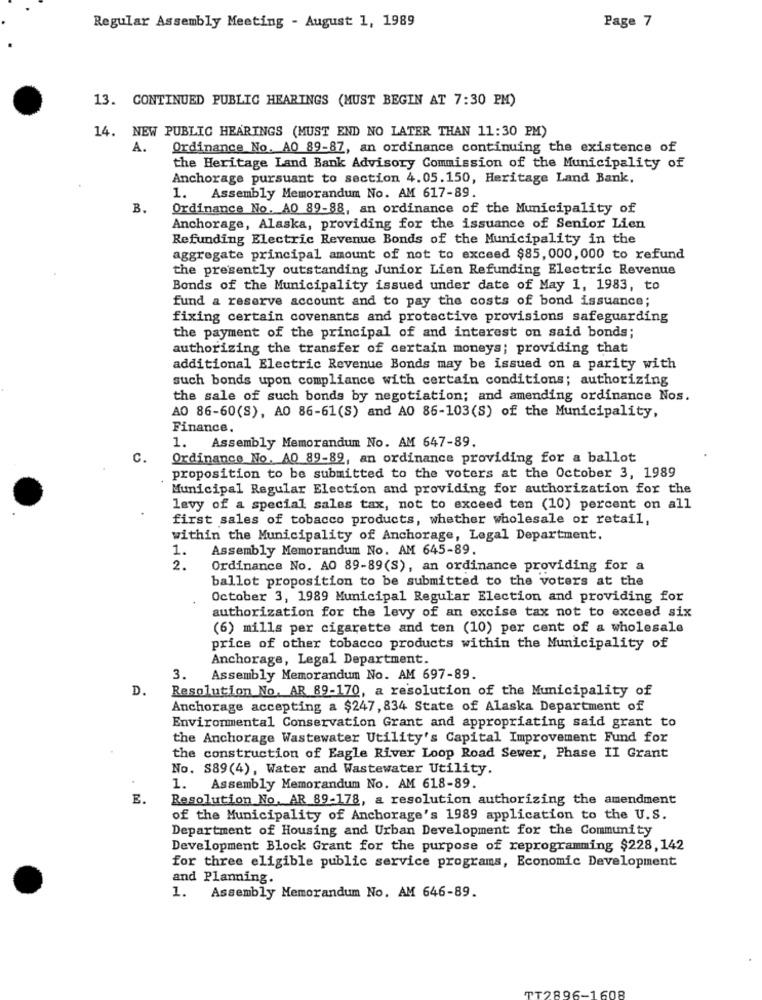
Page 7
Regular Assembly Meeting - August: 1, 1989
13. CONTINUED PUBLIC HEARINGS (MUST BEGIN AT 7:30 PM)
14. NEW PUBLIC HEARINGS (MUST END NO LATER THAN 11:30 PM)
A.
Ordinance No. AO 89-87, an ordinance continuing the existence of
the Heritage Land Bank Advisory Commission of the Municipality of
Anchorage pursuant to section 4.05.150, Heritage Land Bank,
1. Assembly Memorandum No. AM 617-89.
B.
Ordinance No. AO 89-88, an ordinance of the Municipality of
Anchorage, Alaska, providing for the issuance of Senior Lien
Refunding Electric Revenue Bonds of the Municipality in the
aggregate principal amount of not to exceed $85, 000, 000 to refund
the presently outstanding Junior Lien Refunding Electric Revenue
Bonds of the Municipality issued under date of May 1, 1983, to
fund a reserve account and to pay the costs of bond issuance;
fixing certain covenants and protective provisions safeguarding
the payment of the principal of and interest on said bonds;
authorizing the transfer of certain moneys; providing that
additional Electric Revenue Bonds may be issued on a parity with
such bonds upon compliance with certain conditions; authorizing
the sale of such bonds by negotiation; and amending ordinance Nos.
AO 86-60(S), A0 86-61(S) and AO 86-103(S) of the Municipality,
Finance.
1. Assembly Memorandum No. AM 647-89.
C.
Ordinance No. AO 89-89, an ordinance providing for a ballot
proposition to be submitted to the voters at the October 3, 1989
Municipal Regular Election and providing for authorization for the
levy of a special sales tax, not to exceed ten (10) percent on all
first sales of tobacco products, whether wholesale or retail,
within the Municipality of Anchorage, Legal Department.
1.
Assembly Memorandum No. AM 645-89.
2.
Ordinance No. AO 89-89(S), an ordinance providing for a
ballot proposition to be submitted to the voters at the
October 3, 1989 Municipal Regular Election and providing for
authorization for the levy of an excise tax not to exceed six
(6) mills per cigarette and ten (10) per cent of a wholesale
price of other tobacco products within the Municipality of
Anchorage, Legal Department.
3. Assembly Memorandum No. AM 697-89.
D.
Resolution No. AR 89-170, a resolution of the Municipality of
Anchorage accepting a $247, 834 State of Alaska Department of
Environmental Conservation Grant and appropriating said grant to
the Anchorage Wastewater Utility's Capital Improvement Fund for
the construction of Eagle River Loop Road Sewer, Phase II Grant
No. S89(4), Water and Wastewater Utility.
1. Assembly Memorandum No. AM 618-89.
E.
Resolution No. AR 89-178, a resolution authorizing the amendment
of the Municipality of Anchorage's 1989 application to the U.S.
Department of Housing and Urban Development for the Community
Development Block Grant for the purpose of reprogramming $228, 142
for three eligible public service programs, Economic Development
and Planning.
1. Assembly Memorandum No. AM 646-89.
TTT2896-1608